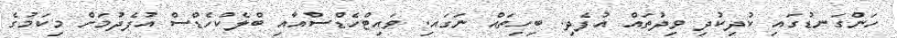
ހަންގަނޑުގައި ކުދިކުދި ވިދުތައް އުފެދި